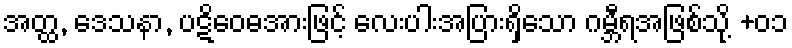
အတ္ထ, ဒေသနာ, ပဋိဝေဓအားဖြင့် လေးပါးအပြားရှိသော ဂမ္ဘီရအဖြစ်သို့ +၀၁